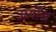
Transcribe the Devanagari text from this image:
अर्गोस